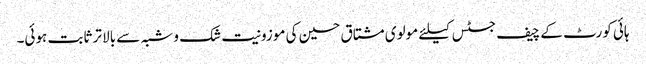
ہائی کورٹ کے چیف جسٹس کیلئے مولوی مشتاق حسین کی موزونیت شک و شبہ سے بالا تر ثابت ہوئی۔